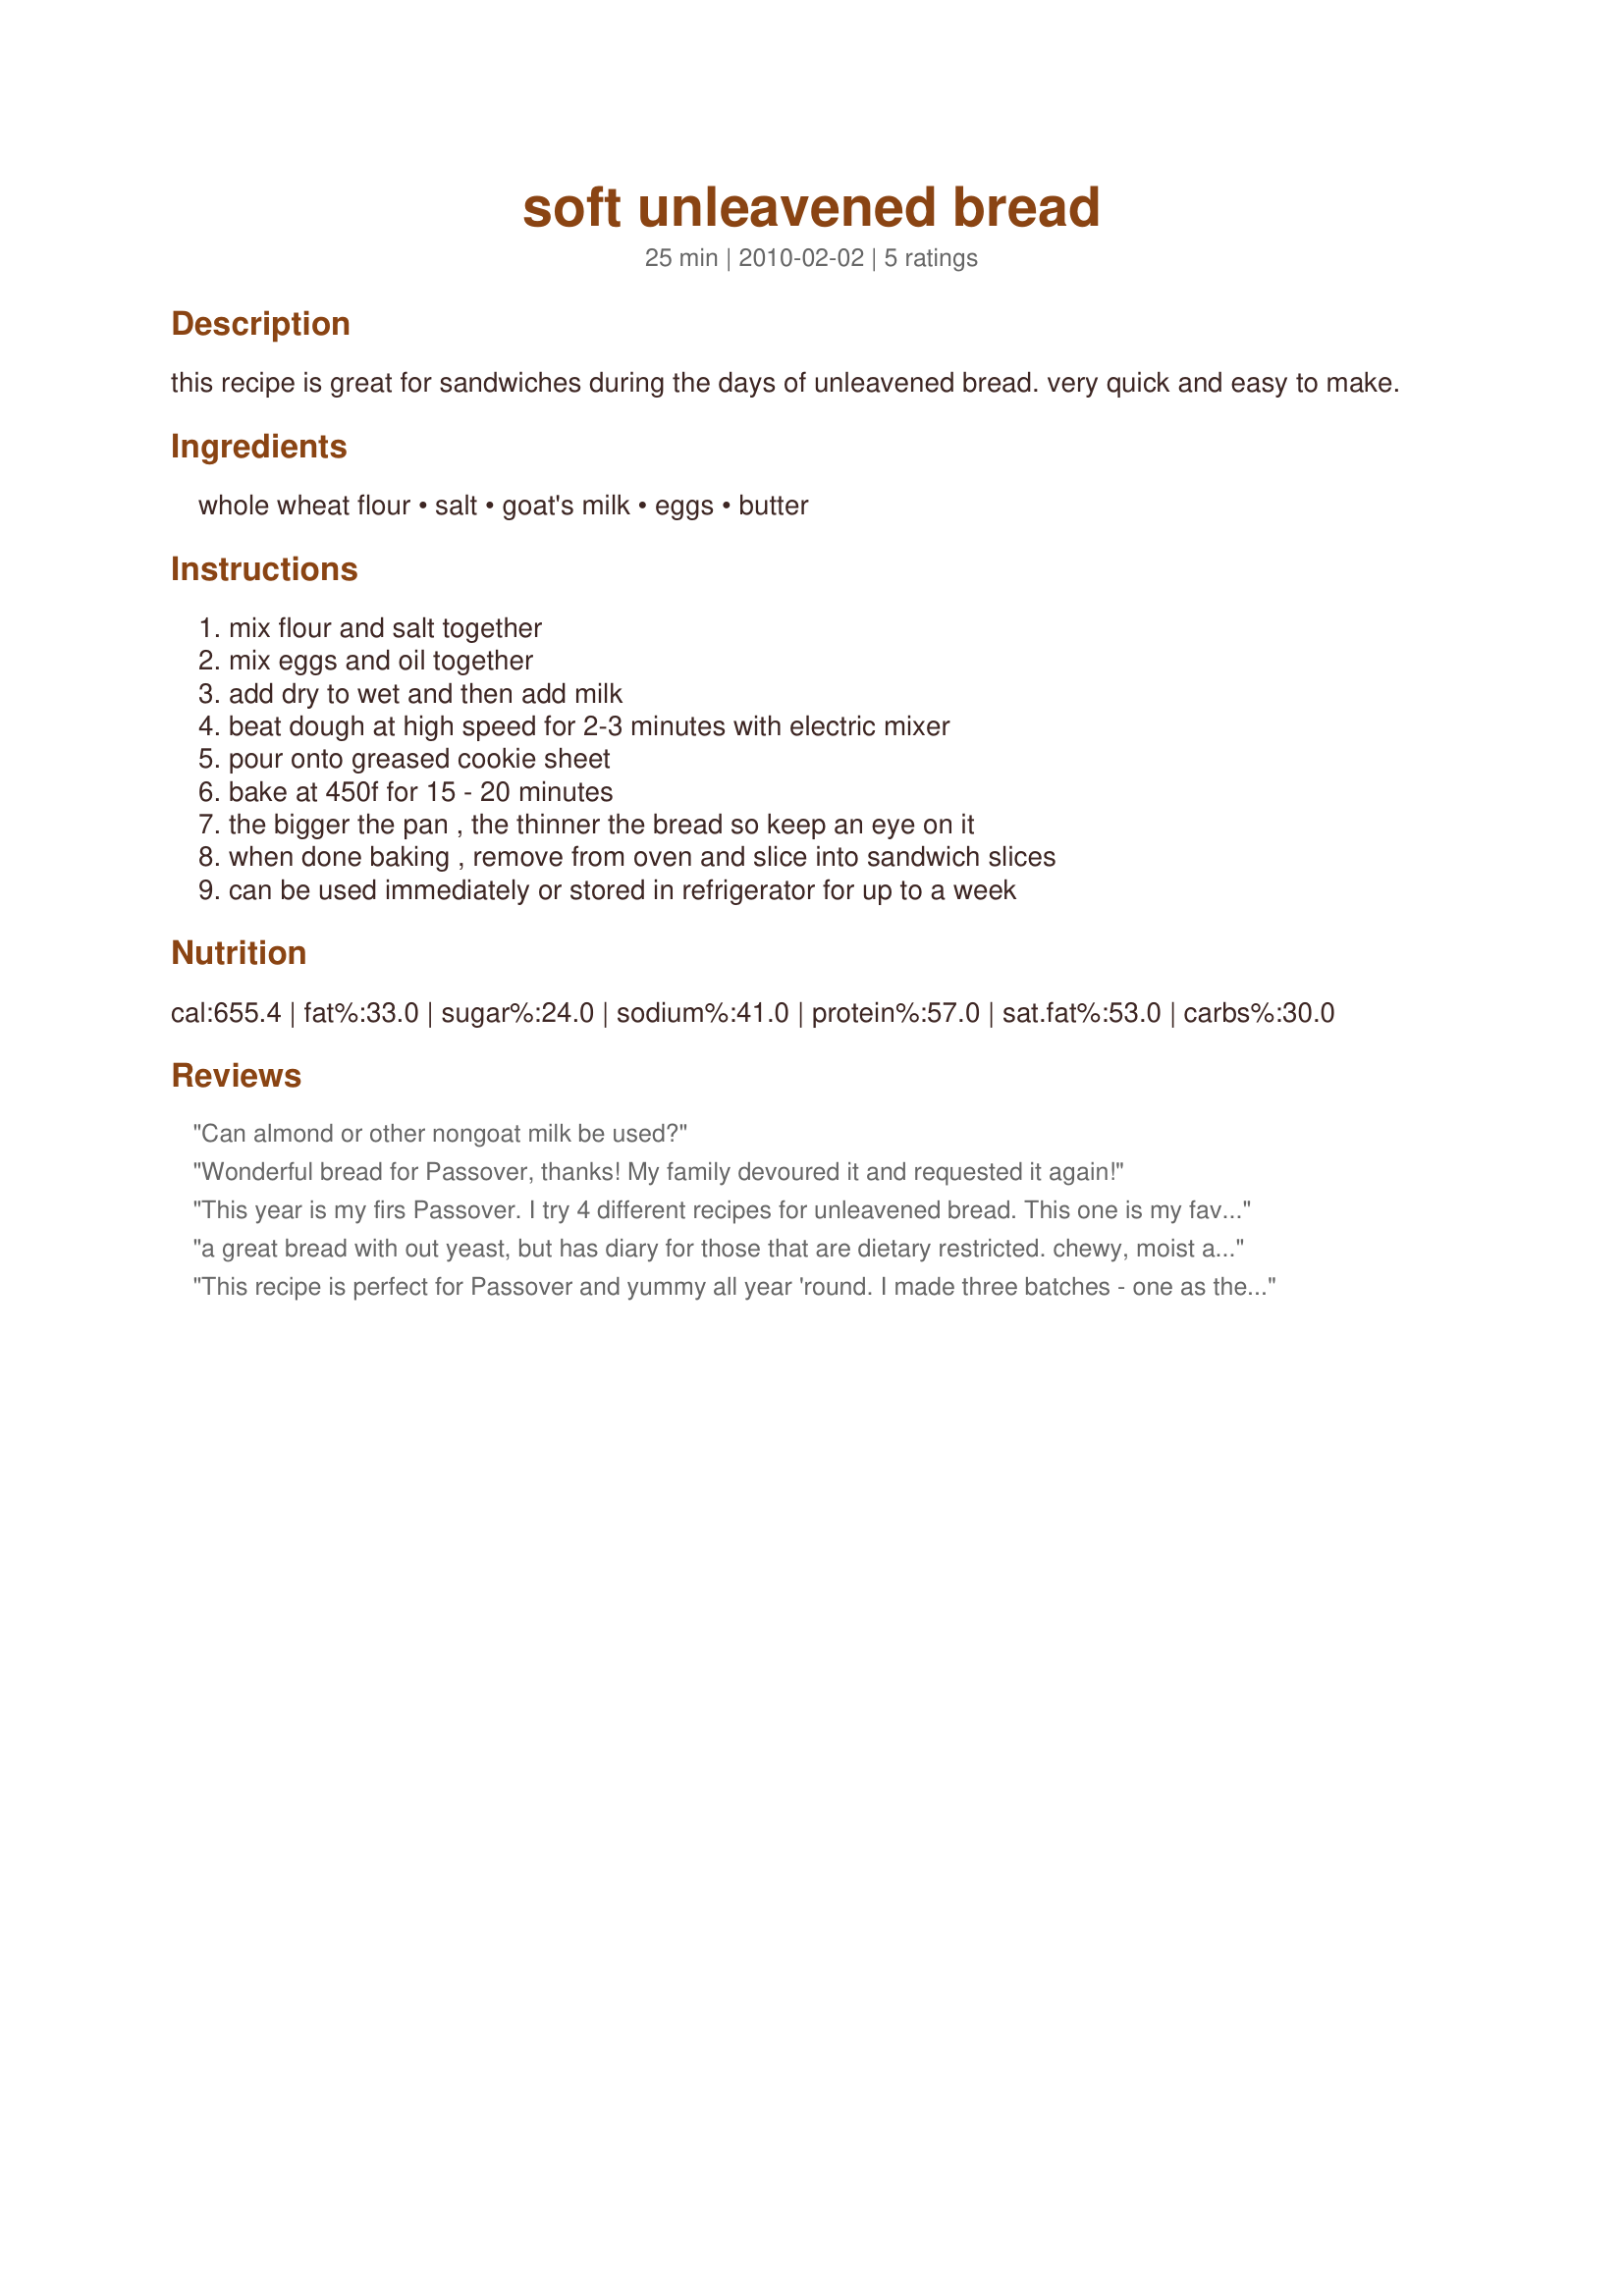
soft unleavened bread
Preparation time: 25 minutes

this recipe is great for sandwiches during the days of unleavened bread. very quick and easy to make.

Ingredients:
whole wheat flour, salt, goat's milk, eggs, butter

Steps:
mix flour and salt together, mix eggs and oil together, add dry to wet and then add milk, beat dough at high speed for 2-3 minutes with electric mixer, pour onto greased cookie sheet, bake at 450f for 15 - 20 minutes, the bigger the pan , the thinner the bread so keep an eye on it, when done baking , remove from oven and slice into sandwich slices, can be used immediately or stored in refrigerator for up to a week

Reviews:
Can almond or other nongoat milk be used?
Wonderful bread for Passover, thanks! My family devoured it and requested it again!
This year is my firs Passover. I try 4 different recipes for unleavened bread. This one is my favorite. Soft, eggie, yummy. I strongly recommend it.
a great bread with out yeast, but has diary for those that are dietary restricted. chewy, moist and easy.
This recipe is perfect for Passover and yummy all year 'round. I made three batches - one as the recipe suggests, one with ground fresh rosemary, and one with ground fresh oregano - yum yum!
